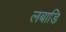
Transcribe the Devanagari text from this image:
लबाडि